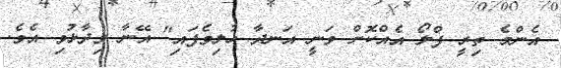
އެންމެ ތިރީ ފްލޯ އެއްކޮށް ވަނީ އަނދާ ހުލިވެފައި" އޭނާ ވިދާޅުވި އެވެ.